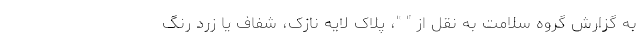
به گزارش گروه سلامت به نقل از " "، پلاک لایه نازک، شفاف یا زرد رنگ